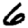
Digit: 6